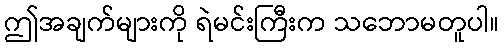
ဤအချက်များကို ရဲမင်းကြီးက သဘောမတူပါ။